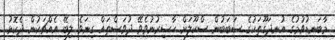
މާބަނޑުވުމުގެ އުނދަގޫތަކުގެ ސަބަބުން ސްކޫލަށް ހާޟިރުނުވެވޭ ދުވަސްތައް ގިނަވެ ލިބޭ އެއްޗަކުން ދެކޮޅު